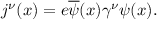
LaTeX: j ^ { \nu } ( x ) = e \overline { { { \psi } } } ( x ) \gamma ^ { \nu } \psi ( x ) .